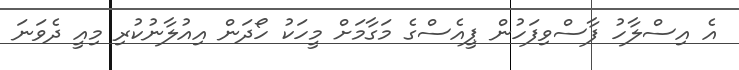
އެ އިސްލާހު ފާސްވިފަހުން ޕީއެސްގެ މަގާމަށް މީހަކު ހޯދަން އިއުލާނުކުރި މިއީ ދެވަނަ